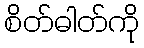
စိတ်ဓါတ်ကို